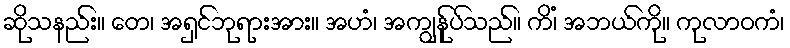
ဆိုသနည်း။ တေ၊ အရှင်ဘုရားအား။ အဟံ၊ အကျွန်ုပ်သည်။ ကိံ၊ အဘယ်ကို။ ကုလာဝကံ၊